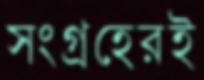
সংগ্রহেরই